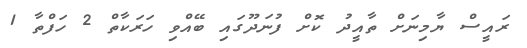
ރައީސް ޔާމިނަށް ތާއީދު ކޮށް ފުނަދޫގައި ބޭއްވި ހަރަކާތް 2 ހަފްތާ 1